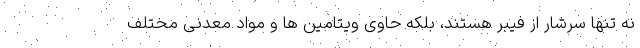
نه تنها سرشار از فیبر هستند، بلکه حاوی ویتامین ها و مواد معدنی مختلف